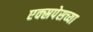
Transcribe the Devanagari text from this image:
एक्स्रपेसच्या